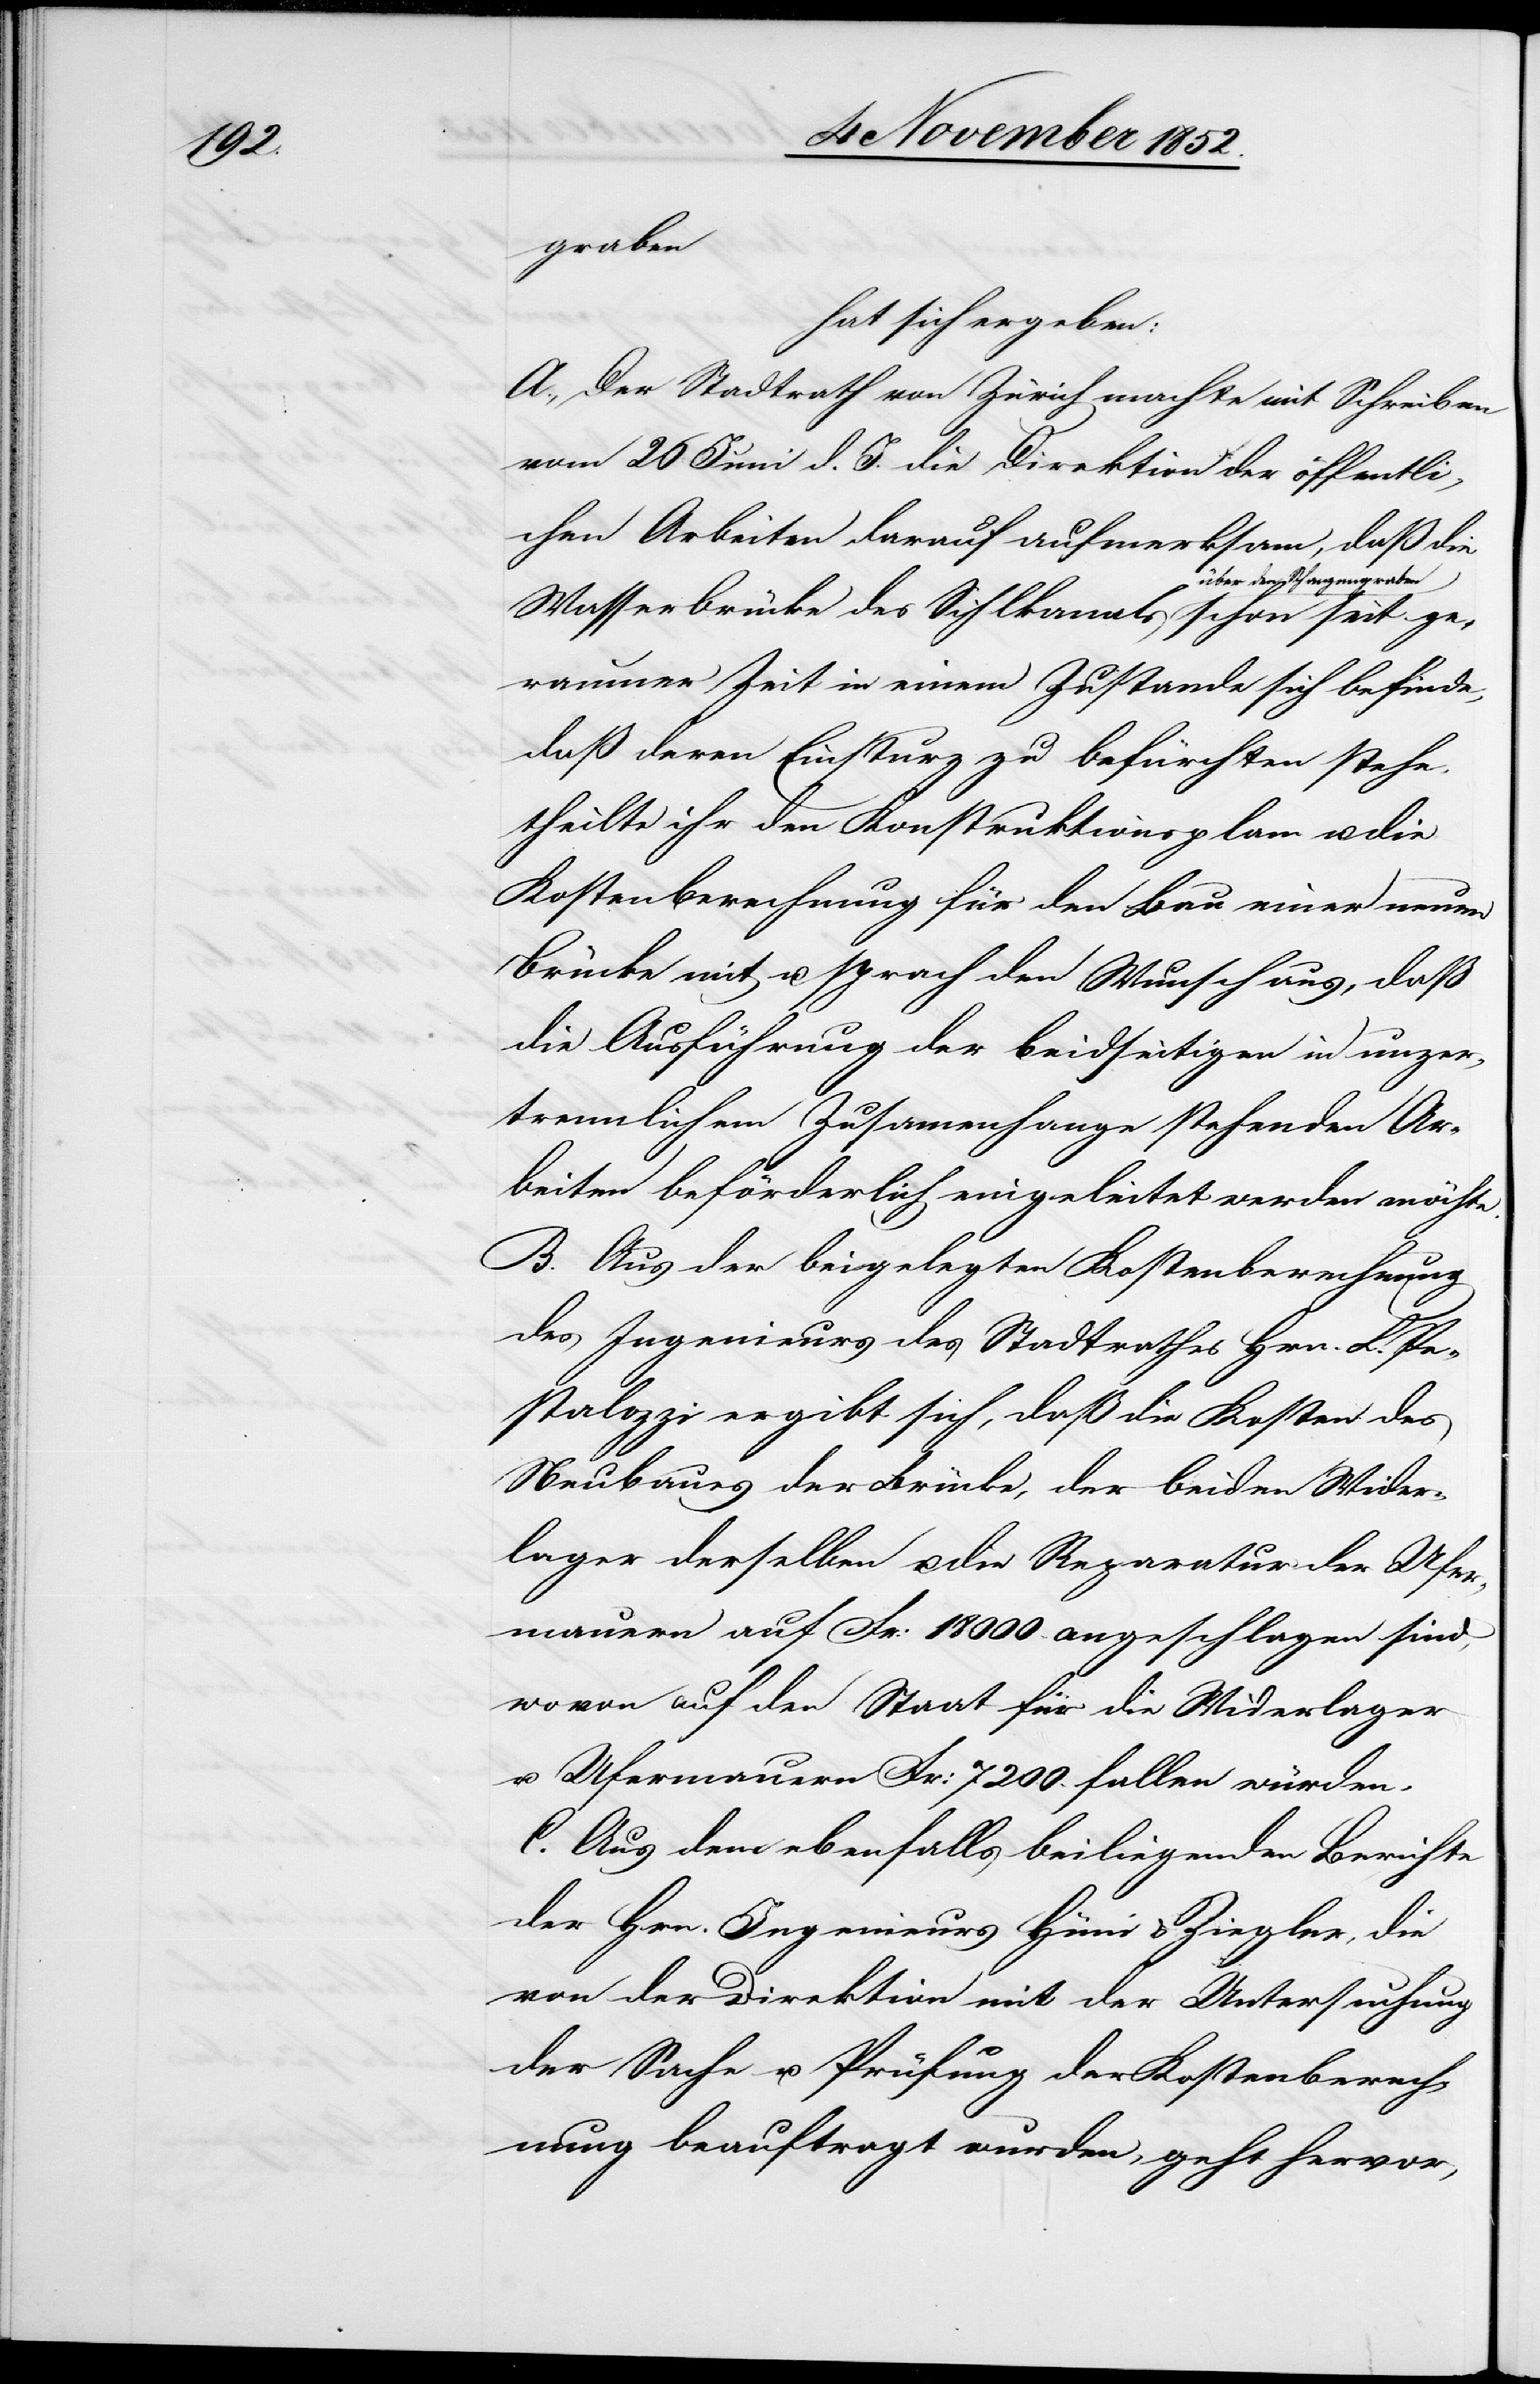
ngraben
hat sich ergeben:
A., Der Stadtrath von Zürich machte mit Schreiben
vom 26 Juni d. J. die Direktion der öffentli¬
chen Arbeiten darauf aufmerksam, daß die
Wasserbrücke des Sihlkanals über den Schanze¬
geraumer Zeit in einem Zustande sich befinde,
daß deren Einsturz zu befürchten stehe,
theilte ihr den Konstruktionsplan u. die
Kostenberechnung für den Bau einer neuen
Brücke mit u. sprach den Wunsch aus, daß
die Ausführung der beidseitigen in unzer¬
trennlichem Zusam[m]enhange stehenden Ar¬
beiten beförderlich eingeleitet werden möchte.
B. Aus der beigelegten Kostenberechnung
des Ingenieurs des Stadtrathes Hrn. L. Pe¬
stalozzi ergibt sich, daß die Kosten des
Neubaues der Brücke, der beiden Wider¬
lager derselben u. die Reparatur der Ufer¬
mauern auf Fr: 18 000. angeschlagen sind,
wovon auf den Staat für die Widerlager
u. Ufermauern Fr: 7200. fallen würden.
C. Aus dem ebenfalls beiliegenden Berichte
der Hrn. Ingenieurs Hüni & Ziegler, die
von der Direktion mit der Untersuchung
der Sache u. Prüfung der Kostenberech¬
nung beauftragt wurden, geht hervor,